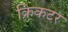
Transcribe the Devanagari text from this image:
क्रिकटर